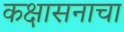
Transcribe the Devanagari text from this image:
कक्षासनाचा